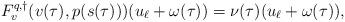
LaTeX: \begin{align*}F^{q,\dagger}_v(v(\tau), p(s(\tau)))(u_\ell + \omega(\tau)) = \nu(\tau) (u_\ell + \omega(\tau)),\end{align*}